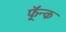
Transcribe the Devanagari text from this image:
फ़्रॅन्क